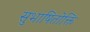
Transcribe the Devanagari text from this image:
सुभाषितोक्ति